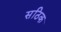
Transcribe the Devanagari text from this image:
सठिक